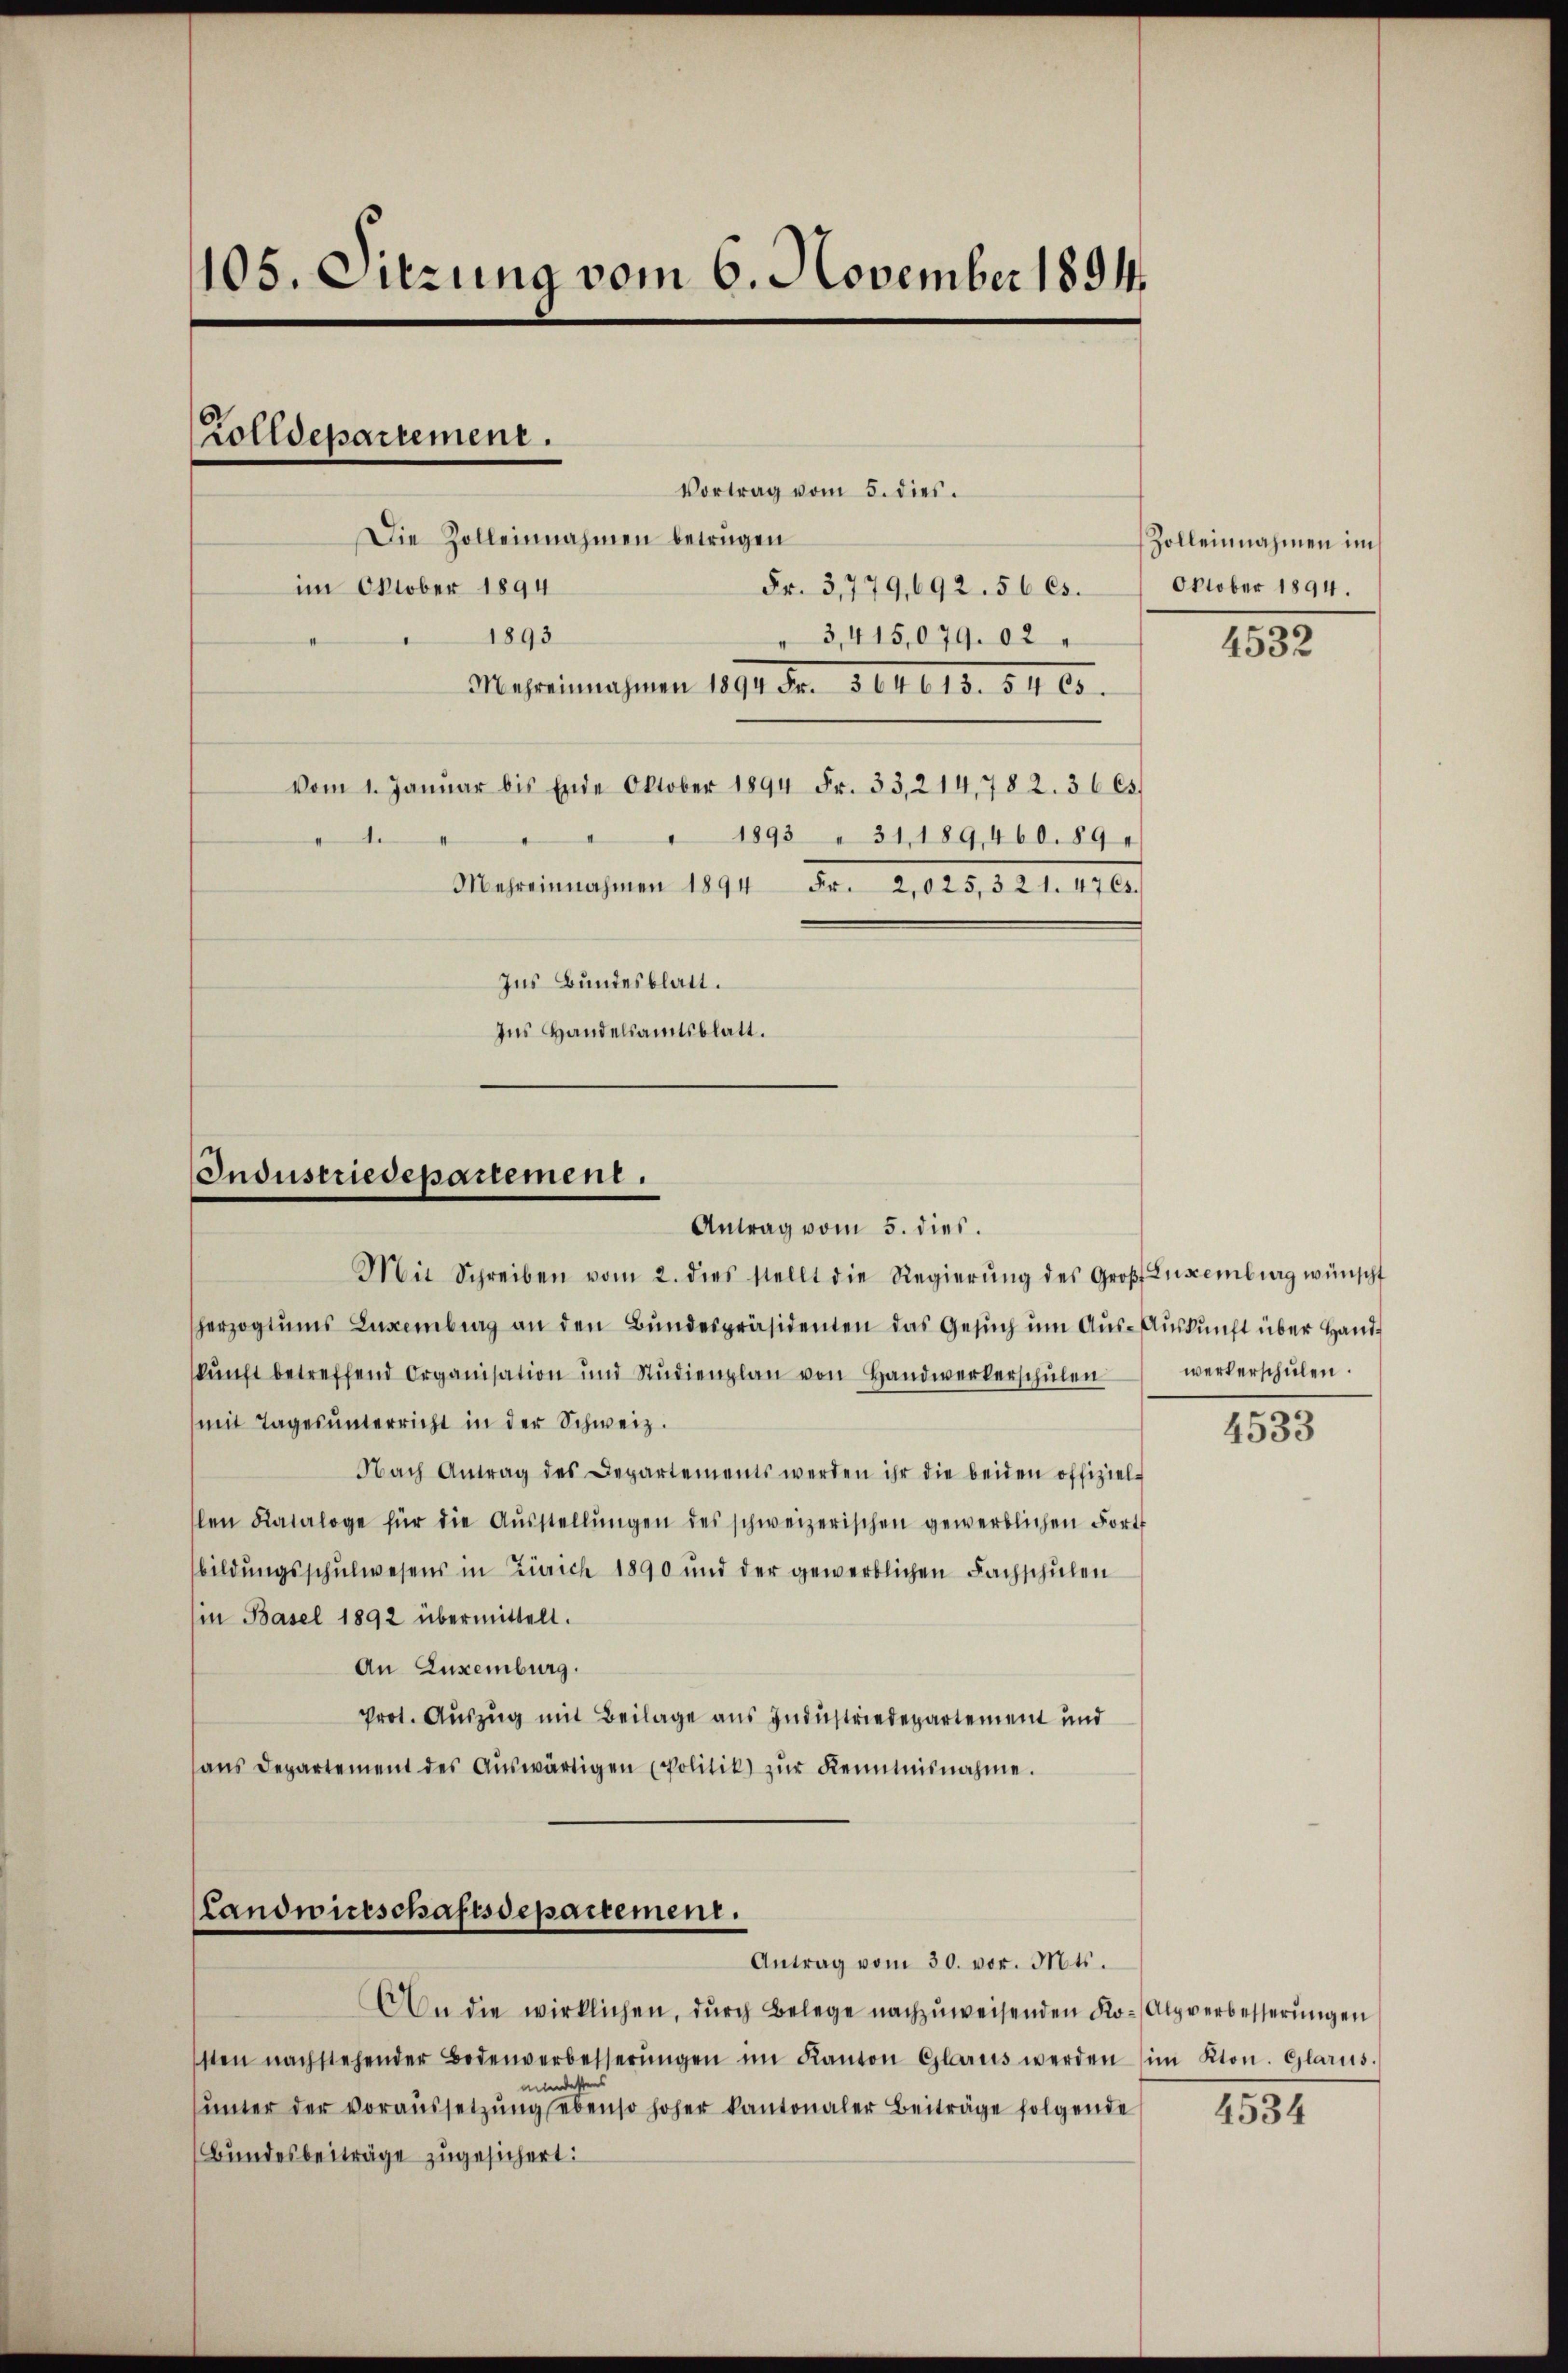
105. Sitzung vom 6. November 1894.

Vortrag vom 5. dies
Die Zolleinnahmen betrügen
Fr. 3,779,692. 56 (s.
1893
" 3,415,079. 02
Meseinnahmen 1891 Fr. 31413. 5400.
vom 1. Januar bis Ende Oktober 1894 Fr. 33,214,782. 36 Cs
.
1893 " 31, 189,460. 89
Mehreinnahmen 1894 Fr. 2,025,321. 4765.
Ins Bundesblatt.
Ins Handelsamtsblatt.

im Oktober 1894

Zolldepartement.

Industriedepartement.
Antrag vom 5. dies

Mit Schreiben vom 2. dies stellt die Regierŭng des Groß Luxenburg wünscht
herzogtums Luxenberg an den Bŭndespräsidenten das Gesŭch ŭm Aŭs-Auskunft über Hand-
kŭnft betreffend Organisation und Studienplan von Handwerkerschŭlen
mit Tages ŭnterricht in der Schweiz.
Nach Antrag des Departements werden ihr die beiden offiziel-
len Kataloge für die Aŭsstellŭngen des schweizerischen gewerblichen Fort
bildungsschulwesens in Zürich 1890 und der gewerblichen Fachschulen
(in Basel 1892 übermittelt.
An Luxenburg.
Prot. Auszug mit Beilage aus Industriedepartement und
sans Departement des Aŭswärtigen Politik) zŭr Kenntnisnahme.

Landwirtschaftsdepartement.
Antrag vom 30. vor. Mts.

An die wirklichen, durch Belege nachzuweisenden Ko-Alpverbesserungen
sten nachstehender Bodenverbesserŭngen im Kanton Glarus werden (im Kton. Glarus.
uende
ŭnter der voraussetzŭng ebenso hoher kantonaler Beiträge folgende
Bundesbeiträge zugesichert:

Zolleinnahmen im
Oktober 1894.

4532

werk erschulen.

4533

4534